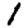
Digit: 1